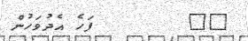
٦٦        ފަހެ އެދުވަހުން